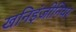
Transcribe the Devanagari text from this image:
खनिइंजीनियर